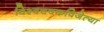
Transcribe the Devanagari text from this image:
विश्वचषकविजेत्या